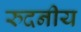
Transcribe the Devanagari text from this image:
रुदनीय